Vaccination in Bombay 1874-1876 - 1874-1876
Year: 1874
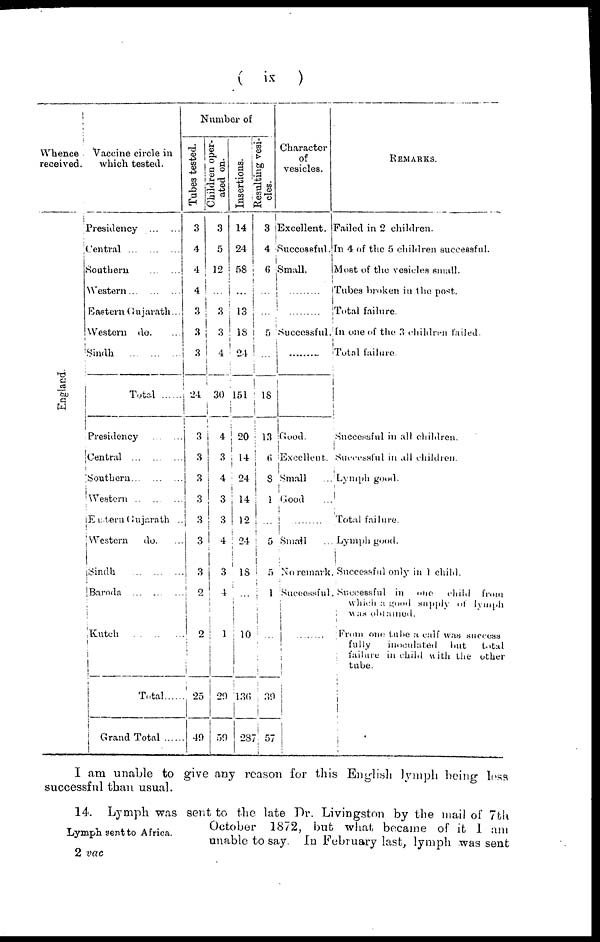
( ix )
Whence
received.
England.
Vaccine circle in
which tested.
Presidency
Central
Southern
Western
Eastern Gujarath ...
Western do. ...
Sindh ... ... ...
Total......
Presidency ... ...
Central
Southern
Western
Eastern Gujarath ..
Western do....
Sindh
Baroda
Kutch .........
Total
......
Grand Total
Number of
Tubes tested.
3
4
4
4
3
3
3
24
3
3
3
3
3
3
3
2
2
25
49
Children oper-
ated on.
3
5
12
...
3
3
4
30
4
3
4
3
3
4
3
4
1
29
59
Insertions.
14
24
58
...
13
18
24
151
20
14
24
14
12
24
18
...
10
136
287
Resulting vesi-
cles.
3
4
6
...
...
5
...
18
13
6
8
1
...
5
5
1
...
39
57
Character
of
vesicles.
Excellent.
Successful.
Small.
.........
.........
Successful
.........
Good.
Excellent.
Small
Good.
.........
Small
No remark
Successful
REMARKS.
Failed in 2 children.
In 4 of the 5 children successful.
Most of the vesicles small.
Tubes broken in the post.
Total failure.
In one of the 3 children failed.
Total failure.
Successful in all children.
Successful in all children.
Lymph good.
Total failure.
Lymph good.
Successful only in 1 child.
Successful in one child from
which a good supply of lymph
was obtamed.
From one tube a calf was success
fully
inoculated but total
failure in child with the other
tube.
I am unable to give any reason for this English lymph being less
successful than usual.
Lymph sent to Africa.
14.
Lymph was sent to the late Dr. Livingston by the mail of 7th
October
1872, but what became of it 1 am
unable to say. In February last, lymph was sent
2 vac